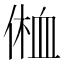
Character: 𰂥